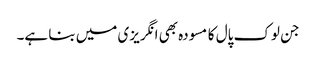
جن لوک پال کا مسودہ بھی انگریزی میں بنا ہے۔